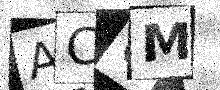
Text: ACUM